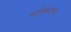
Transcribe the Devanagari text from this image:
मानिकतल्ला